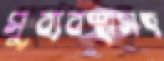
সুব্যবস্থাসহ